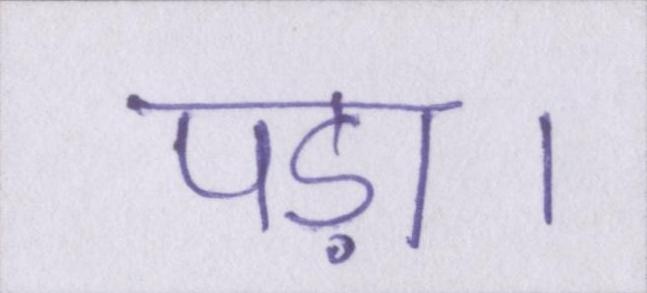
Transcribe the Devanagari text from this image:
पड़ा।